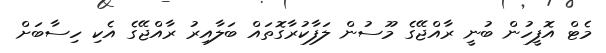
މެޓް އޮފީހުން ބުނީ ރާއްޖޭގެ މޫސުން ލަފާކުރާގޮތައް ބަލާއިރު ރާއްޖޭގެ އެކި ހިސާބަށް